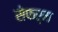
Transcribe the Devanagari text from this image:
सेफर्म